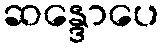
ဆန္ဒောပေ